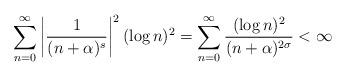
LaTeX: \begin{gather*}\sum_{n=0}^{\infty} \left|\frac{1}{(n+\alpha)^s}\right|^2 (\log{n})^2= \sum_{n=0}^{\infty} \frac{(\log{n})^2}{(n+\alpha)^{2\sigma}}< \infty\end{gather*}